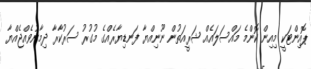
ޕޮއިންޓަކީ މިއިން ކޮންމެ މައްސަލައެއް ޝަރީއަތުން ނޫނިއްޔާ ފަނޑިޔާރެއްގެ މުގުރު ސަރުކާރާ ދިމާނުވެއްޖެއްޔާ